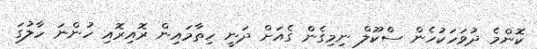
ކޮންމެ ދުވަހަކުހެން ސްކޫލް ނިމިގެން ގެއަށް ދަނީ ހިތާމައިން ރޮއިރޮއި ހުންނަ ހާލުގަ